Annual report on the Civil Veterinary Department, Burma (including the Insein Veterinary School) - 1910-1922
Year: 1910
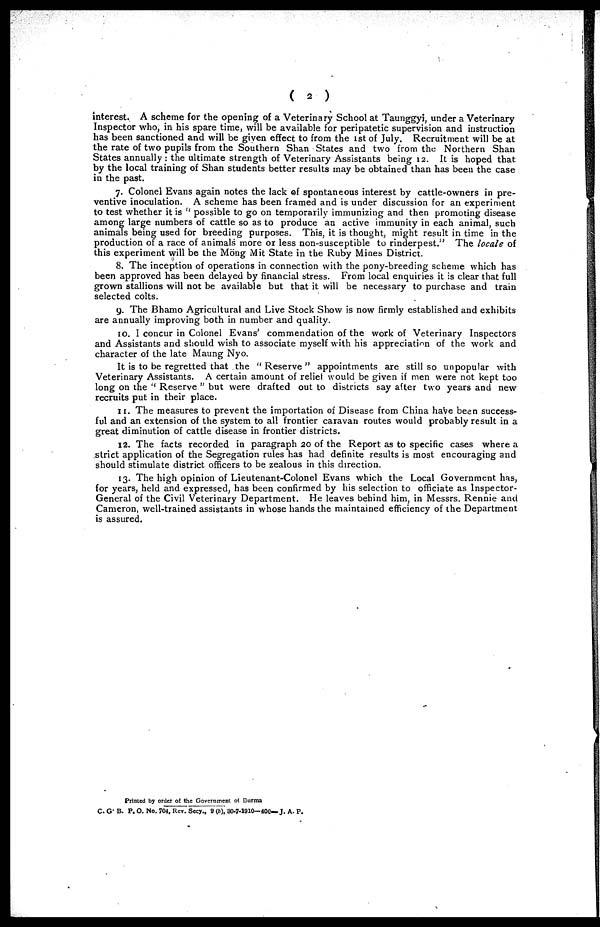
(
2
)
interest. A scheme for the opening of a Veterinary School at Taunggyi, under a Veterinary
Inspector who, in his spare time, will be available for peripatetic supervision and instruction
has been sanctioned and will be given effect to from the 1st of July. Recruitment will be at
the rate of two pupils from the Southern Shan States and two from the Northern Shan
States annually : the ultimate strength of Veterinary Assistants being 12. It is hoped that
by the local training of Shan students better results may be obtained than has been the case
in the past.
7. Colonel Evans again notes the lack of spontaneous interest by cattle-owners in pre-
ventive inoculation. A scheme has been framed and is under discussion for an experiment
to test whether it is " possible to go on temporarily immunizing and then promoting disease
among large numbers of cattle so as to produce an active immunity in each animal, such
animals being used for breeding purposes. This, it is thought, might result in time in the
production of a race of animals more or less non-susceptible to rinderpest " The locale of
this experiment will be the Möng Mit State in the Ruby Mines District.
8. The inception of operations in connection with the pony-breeding scheme which has
been approved has been delayed by financial stress. From local enquiries it is clear that full
grown stallions will not be available but that it will be necessary to purchase and train
selected colts.
9. The Bhamo Agricultural and Live Stock Show is now firmly established and exhibits
are annually improving both in number and quality.
10. I concur in Colonel Evans' commendation of the work of Veterinary Inspectors
and Assistants and should wish to associate myself with his appreciation of the work and
character of the late Maung Nyo.
It is to be regretted that the " Reserve " appointments are still so unpopular with
Veterinary Assistants. A certain amount of relief would be given if men were not kept too
long on the " Reserve " but were drafted out to districts say after two years and new
recruits put in their place.
11. The measures to prevent the importation of Disease from China have been success-
ful and an extension of the system to all frontier caravan routes would probably result in a
great diminution of cattle disease in frontier districts.
12. The facts recorded in paragraph 20 of the Report as to specific cases where a
strict application of the Segregation rules has had definite results is most encouraging and
should stimulate district officers to be zealous in this direction.
13. The high opinion of Lieutenant-Colonel Evans which the Local Government has,
for years, held and expressed, has been confirmed by his selection to officiate as Inspector-
General of the Civil Veterinary Department. He leaves behind him, in Messrs. Rennie and
Cameron, well-trained assistants in whose hands the maintained efficiency of the Department
is assured.
Printed by order of the Government of Burma
C. G. B. P. O. No. 704, RCV. Secy., 9(b), 80-7-1910— 400— J. A. P.